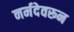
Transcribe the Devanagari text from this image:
नर्मदेवरून